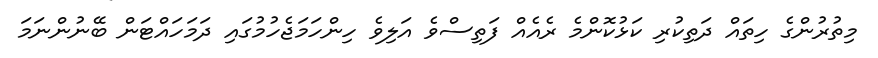
މިތުރުންގެ ހިތައް ދަތިކުރި ކަޅުކޮންމެ ރެއެއް ފަތިސްވެ އަލިވެ ހިންހަމަޖެހުމުގައި ދަމަހައްޓަން ބޭނުންނަމަ